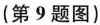
(第9题图)